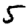
Digit: 5